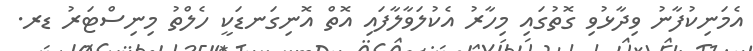
އެމަނިކުފާނު ވިދާޅުވި ގޮތުގައި މިހާރު އެކުލަވާލާފައި އޮތް އޮނިގަނޑަކީ ހެލްތު މިނިސްޓަރު ޑރ.